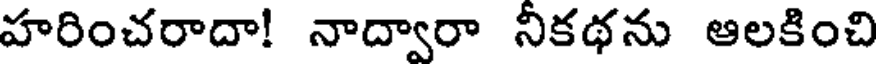
హరించరాదా! నాద్వారా నికథను ఆలకించి